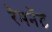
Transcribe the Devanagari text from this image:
रेमनेंट